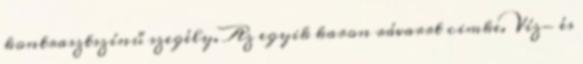
kontrasztszínű szegély. Az egyik karon rávarrt cimke. Víz- és